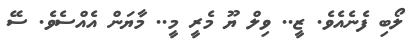
ލޯބި ފެނެއެވެ. ޒީ.. ވިލް ޔޫ މެރީ މީ.. މާޔަން އެއްސެވެ. ސޭ